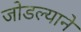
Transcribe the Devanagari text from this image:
जोडल्याने